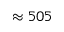
\approx 5 0 5